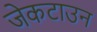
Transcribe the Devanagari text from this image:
जेकटाउन